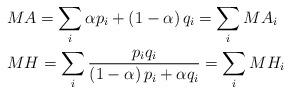
LaTeX: \begin{align*}&MA=\sum_{i} \alpha p_{i}+\left(1-\alpha\right)q_{i}=\sum_{i}MA_{i}\\&MH=\sum_{i}\frac{p_{i}q_{i}}{\left(1-\alpha\right)p_{i}+\alpha q_{i}}=\sum_{i}MH_{i}\end{align*}